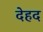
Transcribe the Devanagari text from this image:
देहद